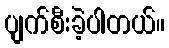
ပျက်စီးခဲ့ပါတယ်။